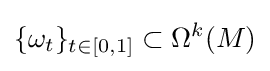
\{\omega _{t}\}_{t\in [0,1]}\subset \Omega ^{k}(M)